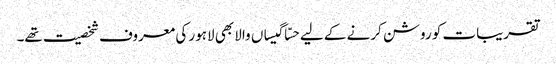
تقریبات کو روشن کرنے کے لیے حسّا گیساں والا بھی لاہور کی معروف شخصیت تھے۔